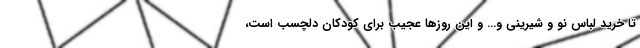
تا خرید لباس نو و شیرینی و... و این روزها عجیب برای کودکان دلچسب است،